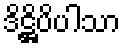
ဒိဋ္ဌိပိပါသာ